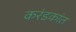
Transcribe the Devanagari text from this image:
करंडकांत